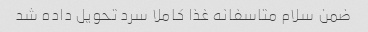
ضمن سلام متاسفانه غذا کاملا سرد تحویل داده شد